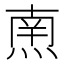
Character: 𱫠